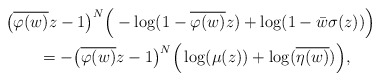
\begin{align*}&\big(\overline{\varphi(w)}z-1\big)^{N}\Big(-\log(1-\overline{\varphi(w)}z)+\log(1-\bar{w}\sigma(z))\Big) & \\&\qquad=-\big(\overline{\varphi(w)}z-1\big)^{N}\Big(\log(\mu(z))+\log(\overline{\eta(w)})\Big),\end{align*}